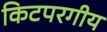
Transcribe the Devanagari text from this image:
किटपरगीय